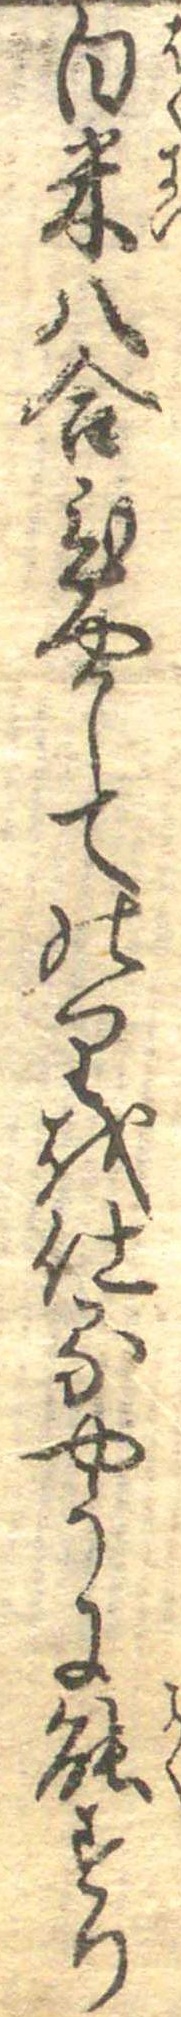
白米八合ひやしてのりを仕るやうに能すり